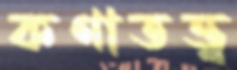
কণাতত্ত্ব